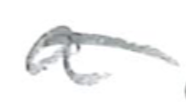
Text: a
Cross-out: single-line
Writing tool: pencil